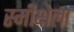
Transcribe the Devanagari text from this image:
स्मीक्षेला